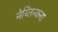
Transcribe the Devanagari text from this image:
नेय्तिन्करा